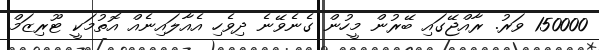
150000 ވަރު. ރާއްޖޭގައި ބޭރުން މީހުން ގެނެވޭނެ ދިވެހި އެއާލައިނެއް އޮތުމަކީ ޓޫރިޒަމް